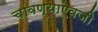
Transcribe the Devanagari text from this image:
चावण्याऐवजी